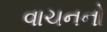
વાચનનો